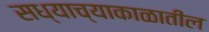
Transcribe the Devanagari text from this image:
सध्याच्याकाळातील